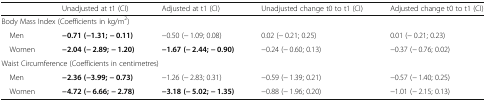
<table><thead><tr><td></td><td><b>Unadjusted at t1 (CI)</b></td><td><b>Adjusted at t1 (CI)</b></td><td><b>Unadjusted change t0 to t1 (CI)</b></td><td><b>Adjusted change t0 to t1 (CI)</b></td></tr></thead><tbody><tr><td colspan="5">Body Mass Index (Coefficients in kg/m<sup>2</sup>)</td></tr><tr><td> Men</td><td><b>−0.71 (−1.31; − 0.11)</b></td><td>−0.50 (− 1.09; 0.08)</td><td>0.02 (− 0.21; 0.25)</td><td>0.01 (− 0.21; 0.23)</td></tr><tr><td> Women</td><td><b>−2.04 (− 2.89; − 1.20)</b></td><td><b>−1.67 (− 2.44; − 0.90)</b></td><td>−0.24 (− 0.60; 0.13)</td><td>−0.37 (− 0.76; 0.02)</td></tr><tr><td colspan="5">Waist Circumference (Coefficients in centimetres)</td></tr><tr><td> Men</td><td><b>−2.36 (−3.99; − 0.73)</b></td><td>−1.26 (− 2.83; 0.31)</td><td>−0.59 (− 1.39; 0.21)</td><td>−0.57 (− 1.40; 0.25)</td></tr><tr><td> Women</td><td><b>−4.72 (− 6.66; − 2.78)</b></td><td><b>−3.18 (− 5.02; − 1.35)</b></td><td>−0.88 (− 1.96; 0.20)</td><td>−1.01 (− 2.15; 0.13)</td></tr></tbody></table>